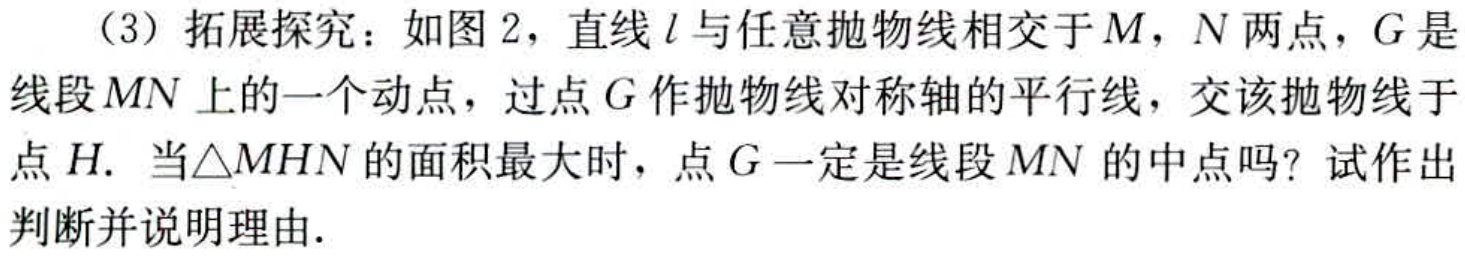
（3）拓展探究：如图 2，直线\(l\)与任意抛物线相交于\(M\)，\(N\)两点，\(G\)是线段\(MN\)上的一个动点，过点\(G\)作抛物线对称轴的平行线，交该抛物线于点\(H\). 当\(\triangle MHN\)的面积最大时，点\(G\)一定是线段\(MN\)的中点吗？试作出判断并说明理由.